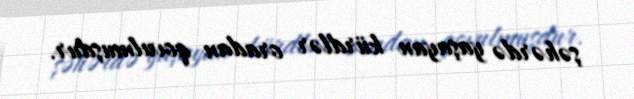
şəhərdə yaşayan kürdlər oradan qovulmuşdur.